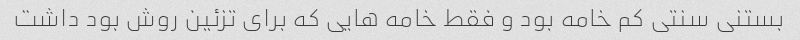
بستنی سنتی کم خامه بود و فقط خامه هایی که برای تزئین روش بود داشت